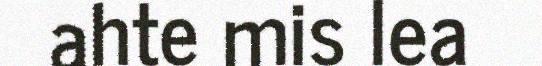
ahte mis lea